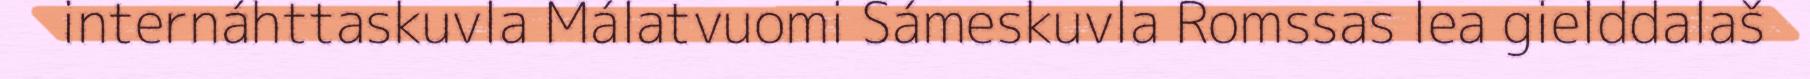
internáhttaskuvla Málatvuomi Sámeskuvla Romssas lea gielddalaš